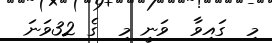
މި  ގައިވާ  ވަނީ މި  ގެ 32ވަނަ